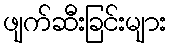
ဖျက်ဆီးခြင်းများ